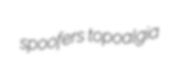
spoofers topoalgia